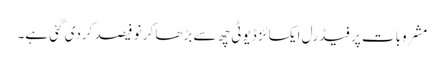
مشروبات پر فیڈرل ایکسائز ڈیوٹی چھ سے بڑھا کر نو فیصد کردی گئی ہے۔